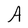
Character: A